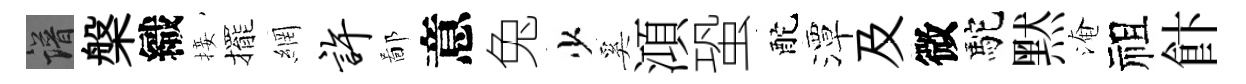
譜槃織接擺網许鄙意兔少奚澒蛩酡潭及微駝黙淹祖飰